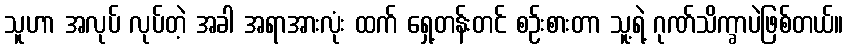
သူဟာ အလုပ် လုပ်တဲ့ အခါ အရာအားလုံး ထက် ရှေ့တန်းတင် စဉ်းစားတာ သူ့ရဲ့ ဂုဏ်သိက္ခာပဲဖြစ်တယ်။